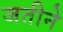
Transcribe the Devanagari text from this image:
जतीने